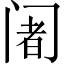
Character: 阇